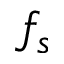
f _ { s }